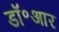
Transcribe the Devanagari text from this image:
डॉ॰आर